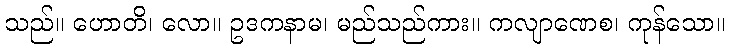
သည်။ ဟောတိ၊ လော။ ဥဒကနာမ၊ မည်သည်ကား။ ကလျာဏေစ၊ ကုန်သော။